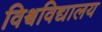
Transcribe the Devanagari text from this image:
विश्र्वविद्यालय